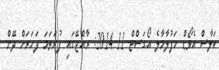
ކަލާސް އެވޯޑް ހަފުލާމާލެ އޯގަސްޓް 11 2014: ރާއްޖޭގައި ފުރަތަމަ ފަހަރަށް ދޭން